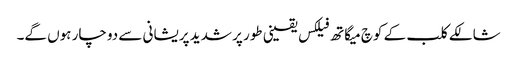
شالکے کلب کے کوچ میگاتھ فیلکس یقینی طور پر شدید پریشانی سے دوچار ہوں گے۔